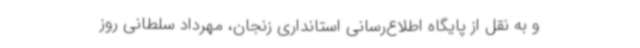
و به نقل از پایگاه اطلاع‌رسانی استانداری زنجان، مهرداد سلطانی روز